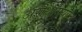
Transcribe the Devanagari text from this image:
अर्रीथमिया